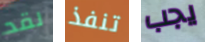
لقد تنفذ يجب